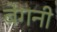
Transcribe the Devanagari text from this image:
बेगनी